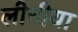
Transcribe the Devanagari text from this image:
लीनीया